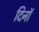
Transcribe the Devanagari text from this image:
दिनॉ